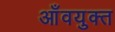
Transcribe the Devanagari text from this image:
आँवयुक्त